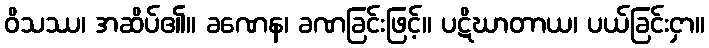
ဝိသဿ၊ အဆိပ်၏။ ခဏေန၊ ခဏခြင်းဖြင့်။ ပဋိဃာတာယ၊ ပယ်ခြင်းငှာ။